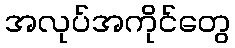
အလုပ်အကိုင်တွေ